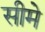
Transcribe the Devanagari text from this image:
सीमे